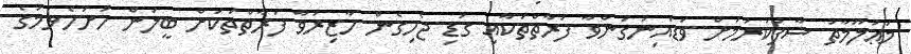
މަޢުލޫމާތު ސާފުކުރުމަށް ވަޑައިނުގަންވާ ފަރާތްތަކާއި ގަޑި ޖެހިގެން ހާޒިރުވާ ފަރާތްތަކަށް ބީލަން ހުށަހެޅުމުގެ